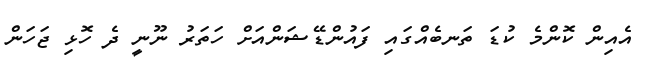
އެއިން ކޮންމެ ކުޑަ ތަނބެއްގައި ފައުންޑޭޝަންއަށް ހަތަރު ނޫނީ ދެ ހޮޅި ޖަހަން